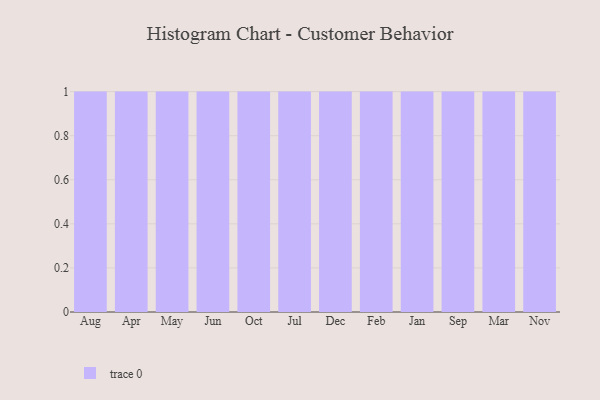
{"axis": {"x": "Month", "y": "Shipments"}, "legend": [""], "data": [{"x": "Aug", "y": 6, "type": ""}, {"x": "Apr", "y": 62, "type": ""}, {"x": "May", "y": 58, "type": ""}, {"x": "Jun", "y": 14, "type": ""}, {"x": "Oct", "y": 88, "type": ""}, {"x": "Jul", "y": 39, "type": ""}, {"x": "Dec", "y": 73, "type": ""}, {"x": "Feb", "y": 24, "type": ""}, {"x": "Jan", "y": 97, "type": ""}, {"x": "Sep", "y": 83, "type": ""}, {"x": "Mar", "y": 10, "type": ""}, {"x": "Nov", "y": 8, "type": ""}]}